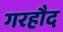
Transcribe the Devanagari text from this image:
गरहौद